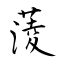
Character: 蔆